Trukikaitis_Postimees, lk 40
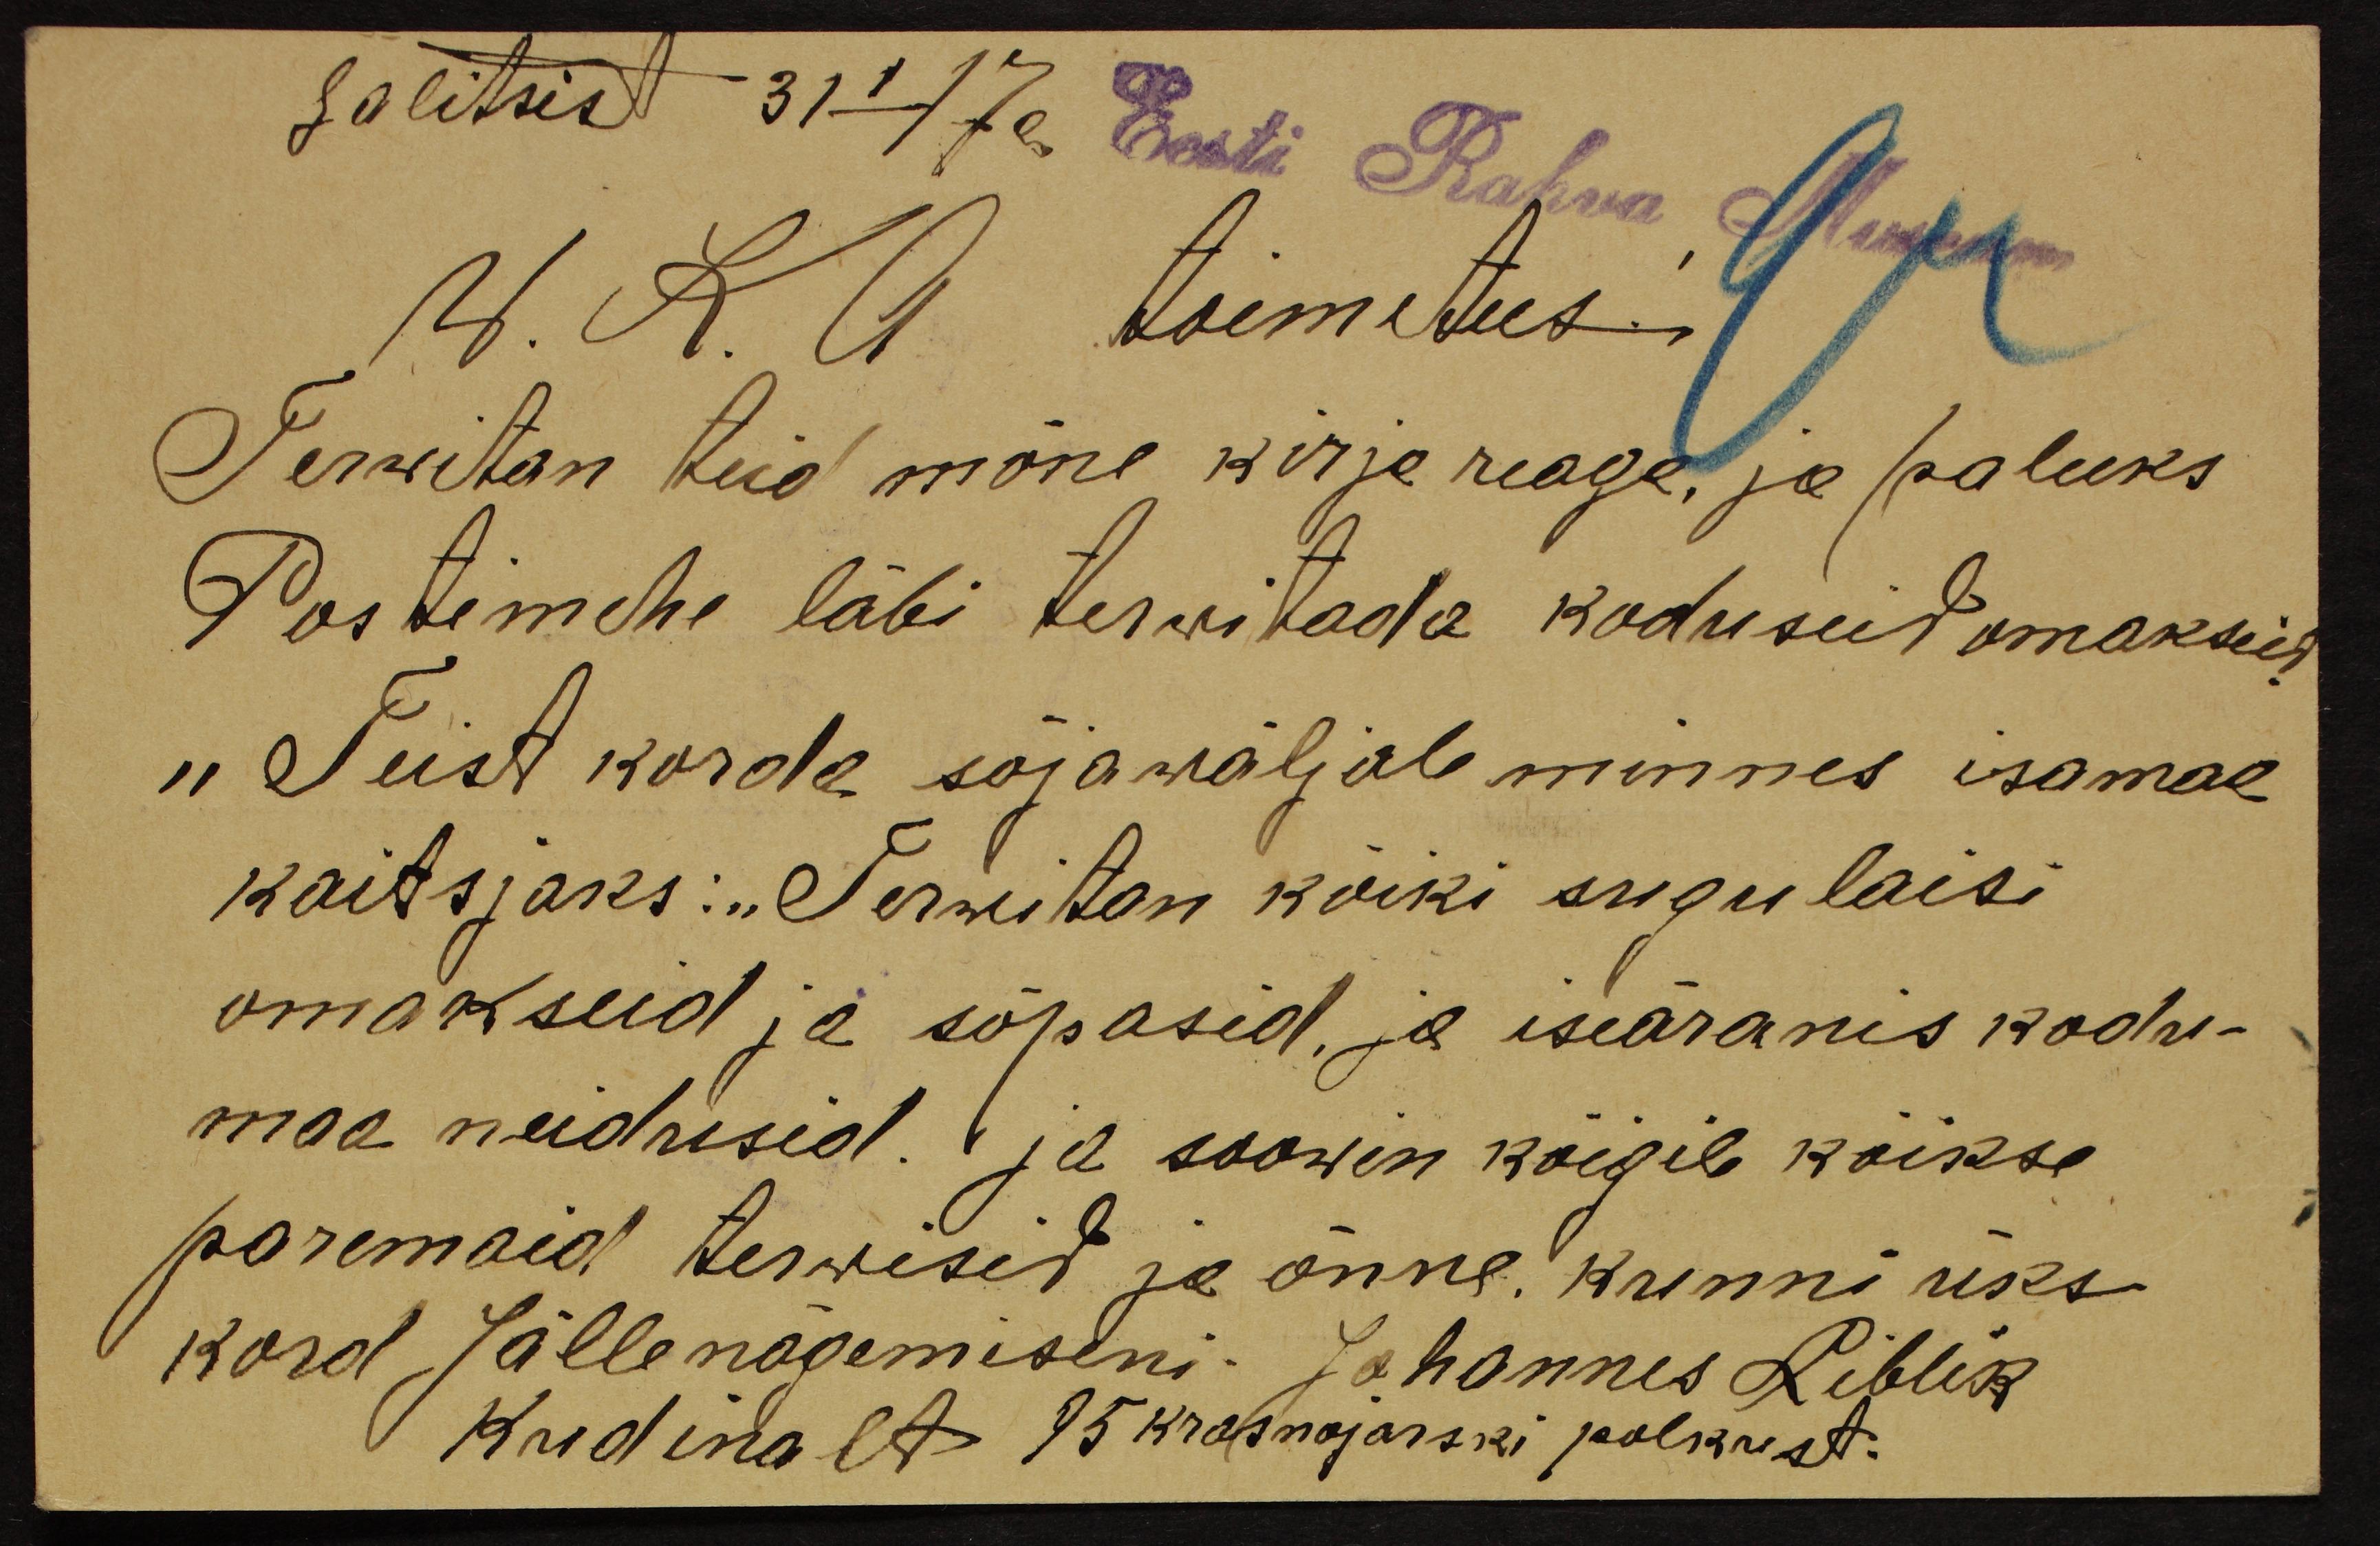
Salitsist 31-17a. Eesti Rahwa Museum
W. K. A. toimetus.
Terwitan teid mõne kirje reaga, ja paluks
Postimehe läbi terwitada koduseid omakseid
"Teist korda sõjawäljale minnes isamaa
kaitsjaks: "Terwitan kõiki sugulaisi
omakseid ja sõpasid, ja iseäranis kodu-
maa neidusid. Ja soowin kõigib kõikse
paremaid terwisid ja õnne kunni üks
kord Jälle nägemiseni: Johannes Liblik
Kredinalt A krasnojarski polkust.